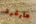
هارفرد